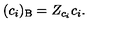
( c _ { i } ) _ { \mathrm { B } } = Z _ { c _ { i } } c _ { i } .